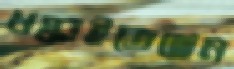
ধস্‌কাইতেছেন